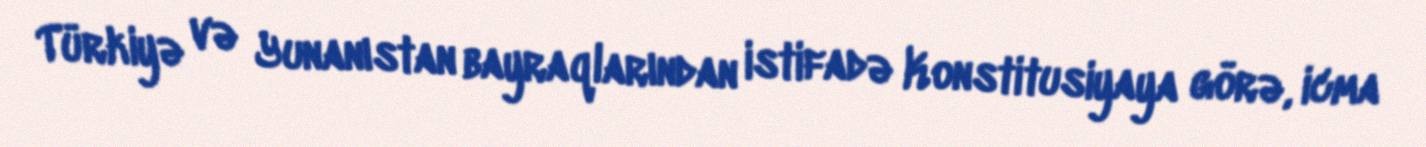
Türkiyə və Yunanıstan bayraqlarından istifadə Konstitusiyaya görə, icma